Piroplasma canis and its life cycle in the tick - Number 29
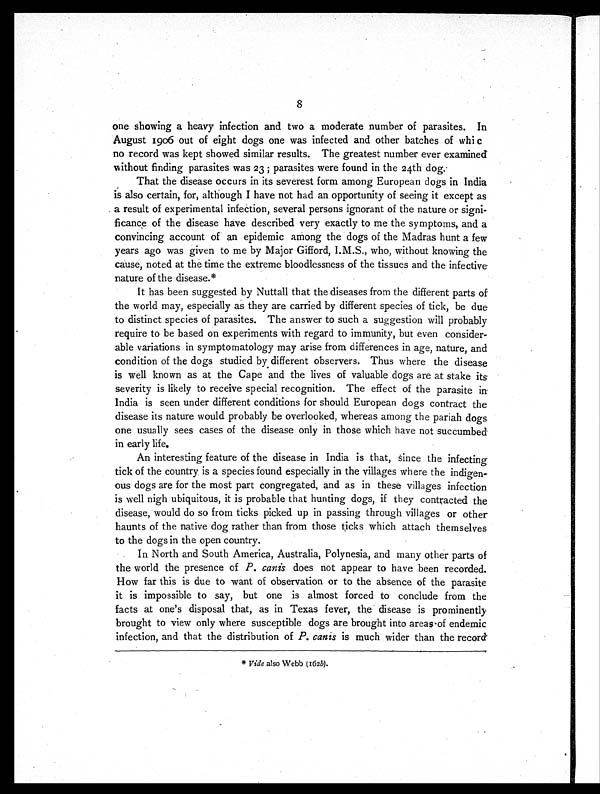
8
one showing a heavy infection and two a moderate number of parasites. In
August 1906 out of eight dogs one was infected and other batches of whi c
no record was kept showed similar results. The greatest number ever examined
without finding parasites was 23 ; parasites were found in the 24th dog.
That the disease occurs in its severest form among European dogs in India
is also certain, for, although I have not had an opportunity of seeing it except as
a result of experimental infection, several persons ignorant of the nature or signi-
ficance of the disease have described very exactly to me the symptoms, and a
convincing account of an epidemic among the dogs of the Madras hunt a few
years ago was given to me by Major Gifford, I.M.S., who, without knowing the
cause, noted at the time the extreme bloodlessness of the tissues and the infective
nature of the disease.*
It has been suggested by Nuttall that the diseases from the different parts of
the world may, especially as they are carried by different species of tick, be due
to distinct species of parasites. The answer to such a suggestion will probably
require to be based on experiments with regard to immunity, but even consider-
able variations in symptomatology may arise from differences in age, nature, and
condition of the dogs studied by different observers. Thus where the disease
is well known as at the Cape and the lives of valuable dogs are at stake its
severity is likely to receive special recognition. The effect of the parasite in
India is seen under different conditions for should European dogs contract the
disease its nature would probably be overlooked, whereas among the pariah dogs
one usually sees cases of the disease only in those which have not succumbed
in early life.
An interesting feature of the disease in India is that, since the infecting
tick of the country is a species found especially in the villages where the indigen-
ous dogs are for the most part congregated, and as in these villages infection
is well nigh ubiquitous, it is probable that hunting dogs, if they contracted the
disease, would do so from ticks picked up in passing through villages or other
haunts of the native dog rather than from those ticks which attach themselves
to the dogs in the open country.
In North and South America, Australia, Polynesia, and many other parts of
the world the presence of P. canis does not appear to have been recorded.
How far this is due to want of observation or to the absence of the parasite
it is impossible to say, but one is almost forced to conclude from the
facts at one's disposal that, as in Texas fever, the disease is prominently
brought to view only where susceptible dogs are brought into areas of endemic
infection, and that the distribution of P. canis is much wider than the record
* Vide also Webb (162b).